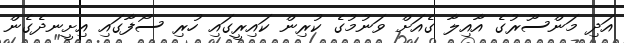
އަދި މަންސޫރުގެ އާއިލާ ގެއަށް ވަނުމުގެ ކުރިން ކައިރީގައި ހުރި ސޯފާގައި އިށީނދެގެން